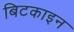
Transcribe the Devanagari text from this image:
बिटकाइन